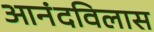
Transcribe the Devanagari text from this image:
आनंदविलास